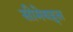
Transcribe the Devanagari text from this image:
सीमेबद्दल